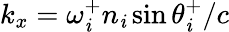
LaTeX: k_{x}=\omega_{\mathit{i}}^{+}n_{\mathit{i}}\sin\theta_{\mathit{i}}^{+}/c